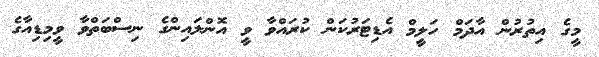
މީގެ އިތުރުން އާދަމް ހަލީމް އެޑިޓަރުކަން ކުރައްވާ ވީ އޮންލައިންގެ ނިސްބަތްވާ ވީމިޑިއާގެ